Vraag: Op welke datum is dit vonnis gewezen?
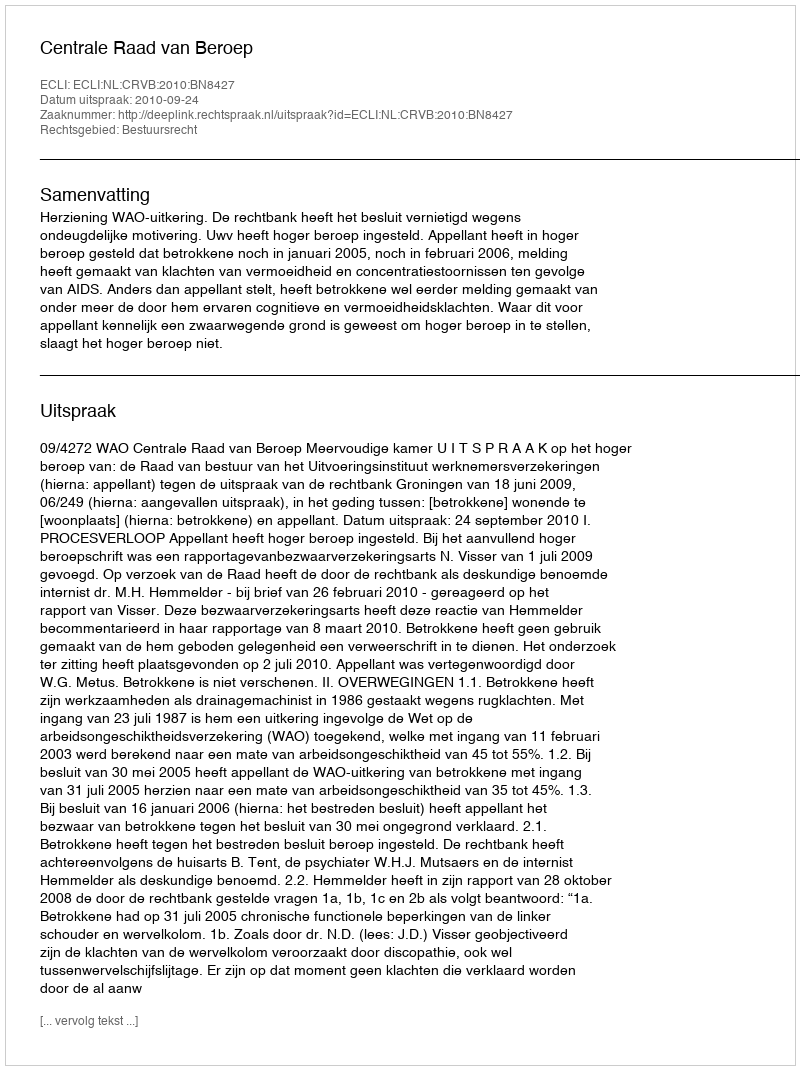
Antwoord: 2010-09-24